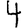
Digit: 4